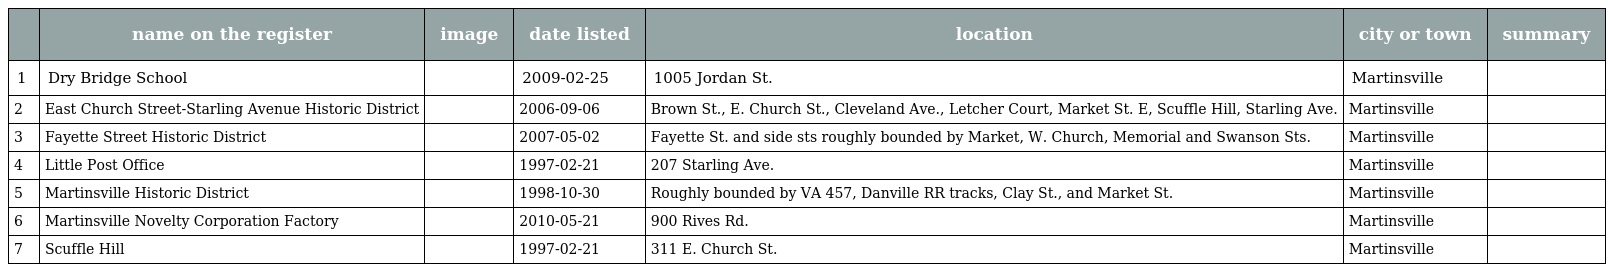
|  | name on the register | image | date listed | location | city or town | summary |
 | --- | --- | --- | --- | --- | --- | --- |
 | 1 | Dry Bridge School |  | 2009-02-25 | 1005 Jordan St. | Martinsville |  |
 | 2 | East Church Street-Starling Avenue Historic District |  | 2006-09-06 | Brown St., E. Church St., Cleveland Ave., Letcher Court, Market St. E, Scuffle Hill, Starling Ave. | Martinsville |  |
 | 3 | Fayette Street Historic District |  | 2007-05-02 | Fayette St. and side sts roughly bounded by Market, W. Church, Memorial and Swanson Sts. | Martinsville |  |
 | 4 | Little Post Office |  | 1997-02-21 | 207 Starling Ave. | Martinsville |  |
 | 5 | Martinsville Historic District |  | 1998-10-30 | Roughly bounded by VA 457, Danville RR tracks, Clay St., and Market St. | Martinsville |  |
 | 6 | Martinsville Novelty Corporation Factory |  | 2010-05-21 | 900 Rives Rd. | Martinsville |  |
 | 7 | Scuffle Hill |  | 1997-02-21 | 311 E. Church St. | Martinsville |  |